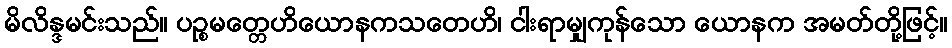
မိလိန္ဒမင်းသည်။ ပဉ္စမတ္တေဟိယောနကသတေဟိ၊ ငါးရာမျှကုန်သော ယောနက အမတ်တို့ဖြင့်။